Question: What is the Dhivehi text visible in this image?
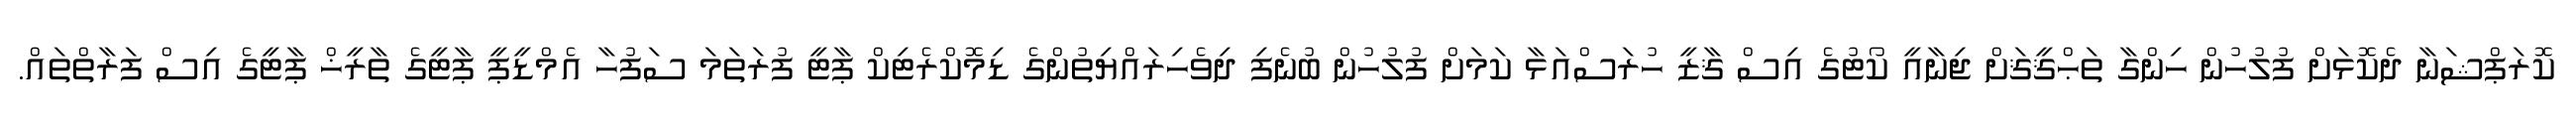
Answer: ކޮރަޕްޝަނާ ދެކޮޅަށް ފުލުހުން ހިންގާ ތަޙްޤީޤަށް ޖިނާއީ ކޯޓުގެ އިސް ޤާޒީ ހުރަސްއަޅާ ކަމަށް ފުލުހުން ބުނެފި ދިވެހިރައްޔިތުންގެ ޑިމޮކްރެޓިކް ޕާޓީ ފުރަތަމަ ސަފުހާ އެމްޑީޕީ ޕާޓީގެ ތާރީޚް ޕާޓީގެ އިސް ފަރާތްތައް.